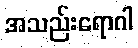
အသည်းရောဂါ